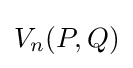
V_{n}(P,Q)